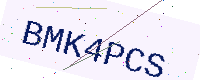
Text: BMK4PCS